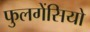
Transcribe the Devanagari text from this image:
फुलगेंसियो